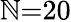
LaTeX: \mathbb{N}{=}20